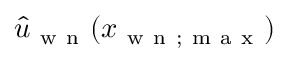
\hat { u } _ { \mathrm { ~ w ~ n ~ } } ( x _ { \mathrm { ~ w ~ n ~ } ; \mathrm { ~ m ~ a ~ x ~ } } )